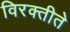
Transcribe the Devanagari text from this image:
विरक्तीते